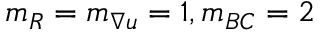
m _ { R } = m _ { \nabla u } = 1 , m _ { B C } = 2